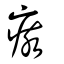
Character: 痎